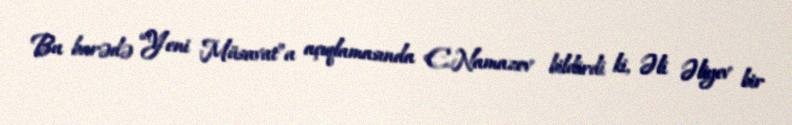
Bu barədə “Yeni Müsavat”a açıqlamasında E.Namazov bildirdi ki, Əli Əliyev bir